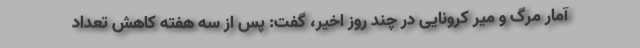
آمار مرگ و میر کرونایی در چند روز اخیر، گفت: پس از سه هفته کاهش تعداد